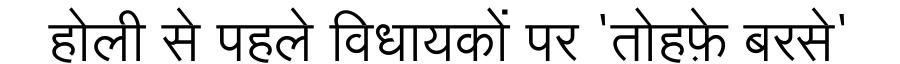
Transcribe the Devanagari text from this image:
होली से पहले विधायकों पर 'तोहफ़े बरसे'